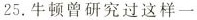
25.牛顿曾研究过这样一